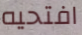
افتحيه